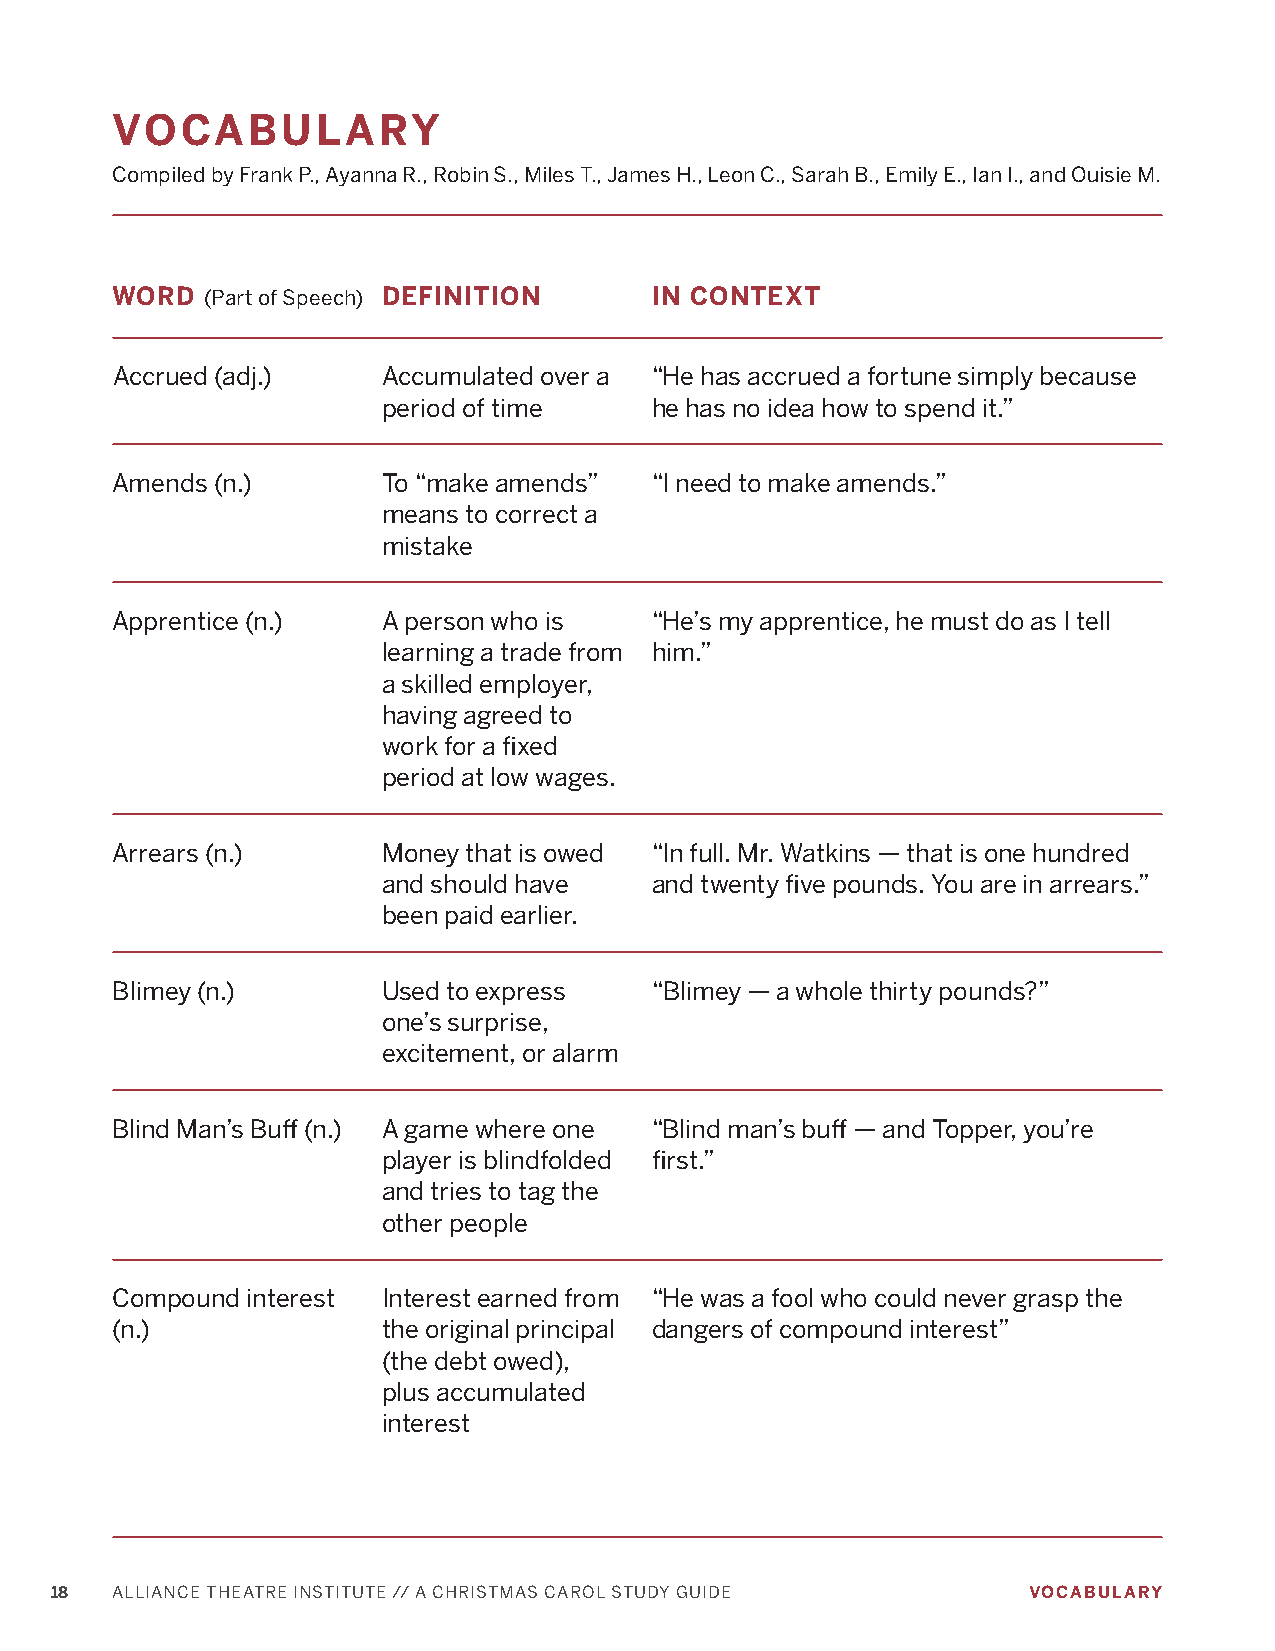
VOCABULARY
 Compiled by Frank P., Ayanna R., Robin S., Miles T., James H., Leon C., Sarah B., Emily E., Ian I., and Ouisie M.
 WORD   (Part of Speech) DEFINITION  IN CONTEXT
 Accrued (adj.)    Accumulated over a “He has accrued a fortune simply because
 period of time    he has no idea how to spend it.”
 Amends (n.)       To “make amends”  “I need to make amends.”
 means to correct a
 mistake
 Apprentice (n.)   A person who is   “He’s my apprentice, he must do as I tell
 learning a trade from him.”
 a skilled employer,
 having agreed to
 work for a fixed
 period at low wages.
 Arrears (n.)      Money that is owed “In full. Mr. Watkins — that is one hundred
 and should have   and twenty five pounds. You are in arrears.”
 been paid earlier.
 Blimey (n.)       Used to express   “Blimey — a whole thirty pounds?”
 one’s surprise,
 excitement, or alarm
 Blind Man’s Buff (n.) A game where one “Blind man’s buff — and Topper, you’re
 player is blindfolded first.”
 and tries to tag the
 other people
 Compound interest Interest earned from “He was a fool who could never grasp the
 (n.)              the original principal dangers of compound interest”
 (the debt owed),
 plus accumulated
 interest
 18  ALLIANCE THEATRE INSTITUTE // A CHRISTMAS CAROL STUDY GUIDE  VOCABULARY